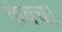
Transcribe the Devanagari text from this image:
कवच।